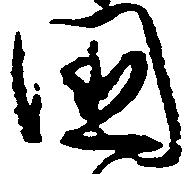
国